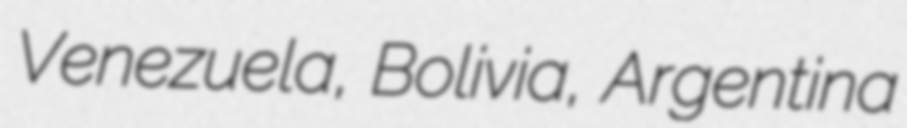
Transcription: Venezuela, Bolivia, Argentina